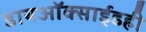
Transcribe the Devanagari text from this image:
डायऑक्साईडही